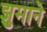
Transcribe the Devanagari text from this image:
झुमाने